Vaccination Hyderabad 1872-1889 - 1872-1889
Year: 1872
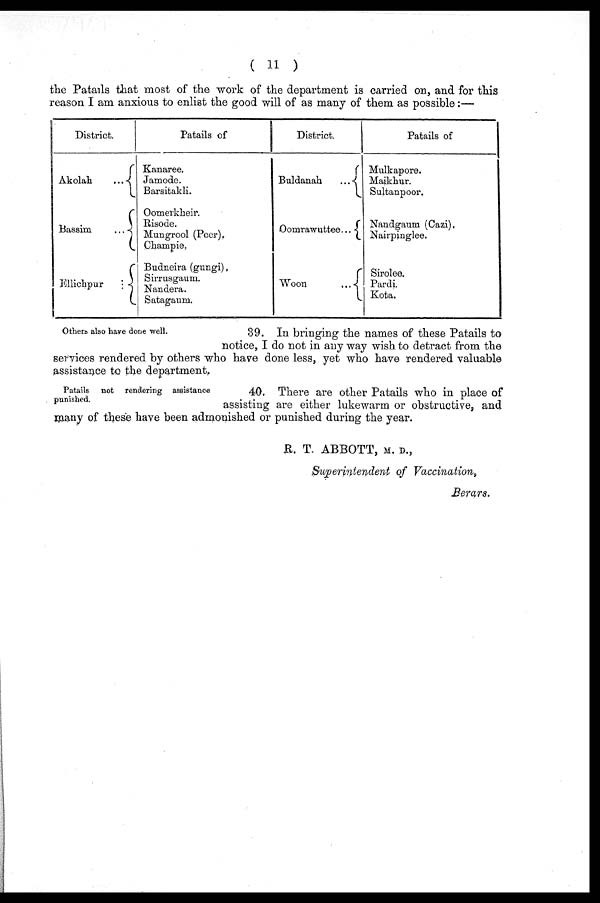
( 11 )
the Patails that most of the work of the department is carried on, and for this
reason I am anxious to enlist the good will of as many of them as possible:—
District.
Akolah
...
Bassim
...
Ellichpur
...
Patails of
Kanaree.
Jamode.
Barsitakli.
Oomerkheir.
Risode.
Mungrool (Peer),
Champie.
Budneira (gungi).
Sirrusgaum.
Nandera.
Satagaum.
District.
Buldanah
...
Oomrawuttee...
Woon
...
Patails of
Mulkapore.
Maikhur.
Sultanpoor.
Nandgaum. (Cazi).
Nairpinglee.
Sirolee.
Pardi.
Kota.
Others also have done well.
39. In bringing the names of these Patails to
notice, I do not in any way wish to detract from the
services rendered by others who have done less, yet who have rendered valuable
assistance to the department.
Patails not rendering assistance
punished.
40. There are other Patails who in place of
assisting are either lukewarm or obstructive, and
many of these have been admonished or punished during the year.
R. T. ABBOTT, M. D.,
Superintendent of Vaccination,
Berars.